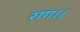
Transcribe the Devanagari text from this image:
राग।।